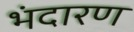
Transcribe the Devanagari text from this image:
भंदारण